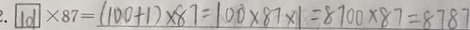
1 0 1 \times 8 7 = ( 1 0 0 + 1 ) \times 8 7 = 1 0 0 \times 8 7 \times 1 = 8 7 0 0 \times 8 7 = 8 7 8 7